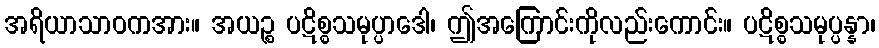
အရိယာသာဝကအား။ အယဉ္စ ပဋိစ္စသမုပ္ပာဒေါ၊ ဤအကြောင်းကိုလည်းကောင်း။ ပဋိစ္စသမုပ္ပန္နာ၊